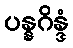
ပန္နဂိန္ဒံ